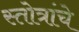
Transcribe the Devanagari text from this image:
स्तोत्रांचे